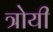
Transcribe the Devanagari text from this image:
त्रोयी